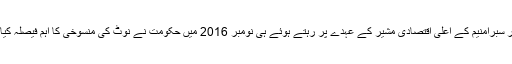
مسٹر سبرامنیم کے اعلی اقتصادی مشیر کے عہدے پر رہتے ہوئے ہی نومبر 2016 میں حکومت نے نوٹ کی منسوخی کا اہم فیصلہ کیا تھا۔